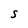
Character: S